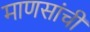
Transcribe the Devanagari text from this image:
माणसांचीं